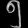
Digit: ၅